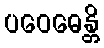
ပဝေဓေန္တိ